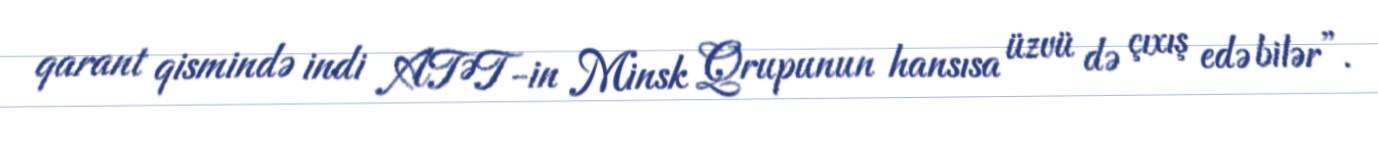
qarant qismində indi ATƏT-in Minsk Qrupunun hansısa üzvü də çıxış edə bilər”.